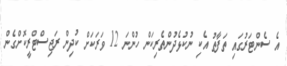
އެ ސެންޓަރުގައި ތަފާތު އެކި ނުކުޅެދުންތެރިކަން ހުންނަ 12 ވަރަކަށް ކުދިން ރަޖިސްޓްރީކޮށްގެން